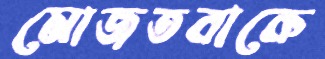
মোজতবাকে